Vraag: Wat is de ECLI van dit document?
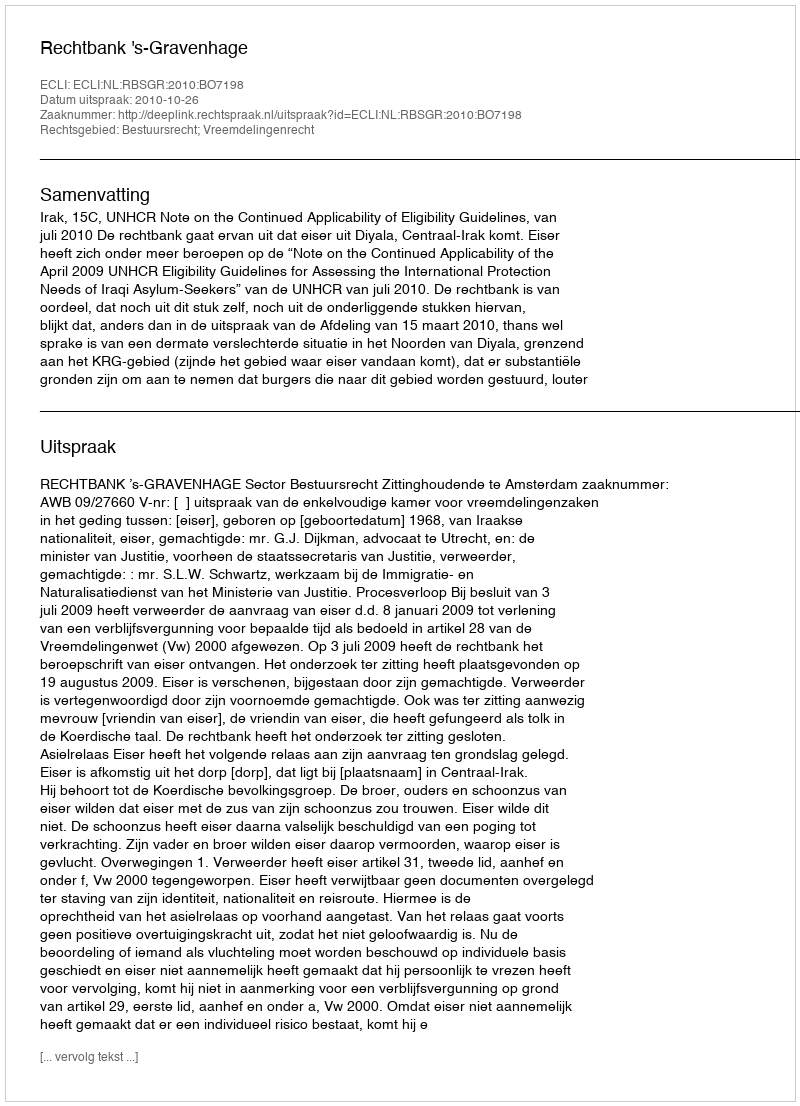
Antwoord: ECLI:NL:RBSGR:2010:BO7198